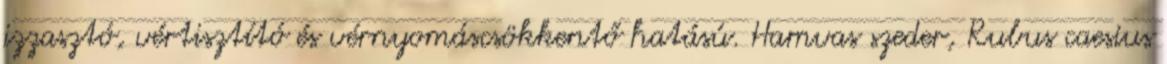
izzasztó, vértisztító és vérnyomáscsökkentő hatású. Hamvas szeder, Rubus caesius